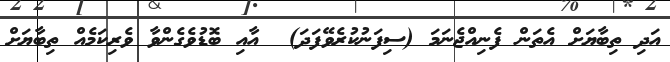
އަދި ތިބާޔަށް އެތަން ފެނިއްޖެނަމަ (ސިފަނުކުރެވޭފަދަ)  އާއި ބޮޑުވެގެންވާ ވެރިކަމެއް ތިބާޔަށް